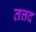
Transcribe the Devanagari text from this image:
तत्तद